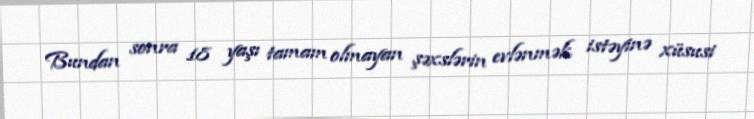
Bundan sonra 18 yaşı tamam olmayan şəxslərin evlənmək istəyinə xüsusi